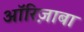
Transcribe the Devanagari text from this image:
ऑरिज़ाबा